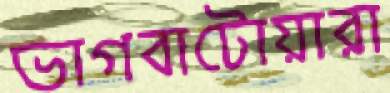
ভাগবাটোয়ারা